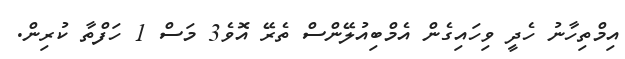
އިމްތިހާނު ހެދީ ވިހައިގެން އެމްބިއުލޭންސް ތެރޭ އޮވެ3 މަސް 1 ހަފްތާ ކުރިން.